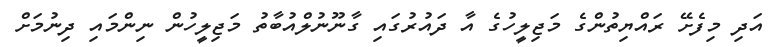
އަދި މިފެށޭ ރައްޔިތުންގެ މަޖިލީހުގެ އާ ދައުރުގައި ގާނޫނުލްއުބާތު މަޖިލީހުން ނިންމައި ދިނުމަށް